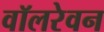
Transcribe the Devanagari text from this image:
वॉलरेवन